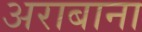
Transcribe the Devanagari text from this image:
अराबाना